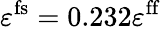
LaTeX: \varepsilon^{\mathrm{fs}}=0.232\varepsilon^{\mathrm{ff}}